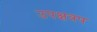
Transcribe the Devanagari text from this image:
उपक्षत्रप